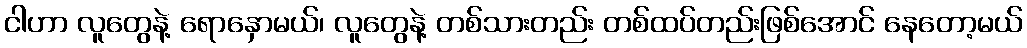
ငါဟာ လူတွေနဲ့ ရောနှောမယ်၊ လူတွေနဲ့ တစ်သားတည်း တစ်ထပ်တည်းဖြစ်အောင် နေတော့မယ်